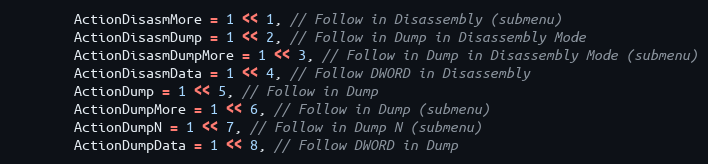
Language: C
        ActionDisasmMore = 1 << 1, // Follow in Disassembly (submenu)
        ActionDisasmDump = 1 << 2, // Follow in Dump in Disassembly Mode
        ActionDisasmDumpMore = 1 << 3, // Follow in Dump in Disassembly Mode (submenu)
        ActionDisasmData = 1 << 4, // Follow DWORD in Disassembly
        ActionDump = 1 << 5, // Follow in Dump
        ActionDumpMore = 1 << 6, // Follow in Dump (submenu)
        ActionDumpN = 1 << 7, // Follow in Dump N (submenu)
        ActionDumpData = 1 << 8, // Follow DWORD in Dump